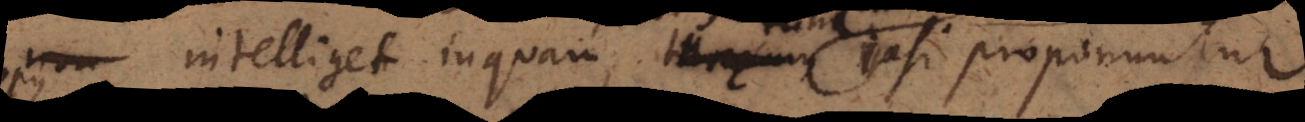
intelliget inquam, _ tunc cum ipsi proponuntur